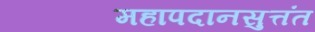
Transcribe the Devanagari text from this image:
महापदानसुत्तंत